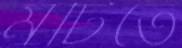
মটিতে